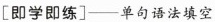
[即学即练]___单句语法填空